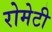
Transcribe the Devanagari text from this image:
रोमेटी